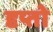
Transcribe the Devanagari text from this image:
दृप्तो